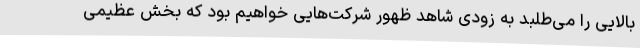
بالایی را می‌طلبد به زودی شاهد ظهور شرکت‌هایی خواهیم بود که بخش عظیمی